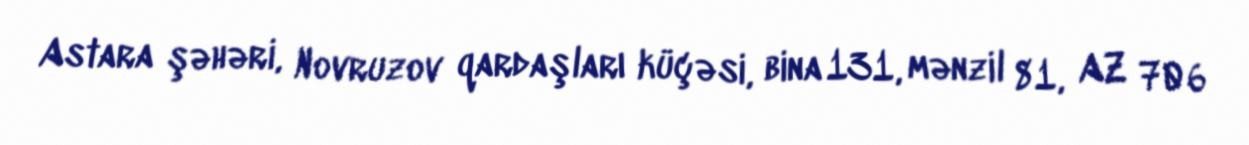
Astara şəhəri, Novruzov qardaşları küçəsi, bina 131, mənzil 81, AZ 706